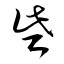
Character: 些